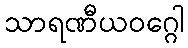
သာရဏီယဝဂ္ဂေါ